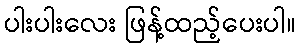
ပါးပါးလေး ဖြန့်ထည့်ပေးပါ။